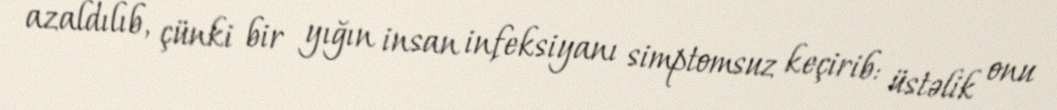
azaldılıb, çünki bir yığın insan infeksiyanı simptomsuz keçirib: üstəlik onu